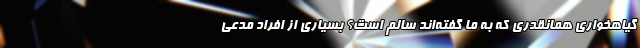
گیاهخواری همانقدری که به ما گفته‌اند سالم است؟ بسیاری از افراد مدعی